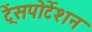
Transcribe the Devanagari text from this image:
ट्रेंसपोर्टेशन